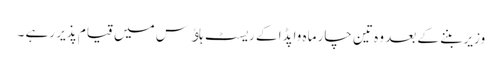
وزیر بننے کے بعد وہ تین چار ماہ واپڈا کے ریسٹ ہاﺅس میں قیام پذیر رہے ۔